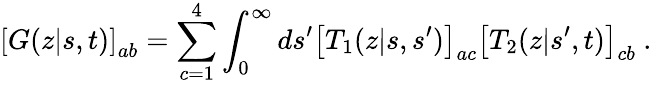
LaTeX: \left[G(z|s,t)\right]_{ab}=\sum_{c=1}^{4}\int_{0}^{\infty}ds^{\prime}\left[T_{1}(z|s,s^{\prime})\right]_{ac}\left[T_{2}(z|s^{\prime},t)\right]_{cb}\ .